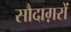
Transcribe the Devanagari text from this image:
सौदाग़रों